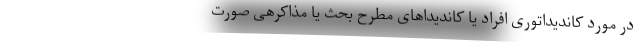
در مورد کاندیداتوری افراد یا کاندیداهای مطرح بحث یا مذاکرهی صورت